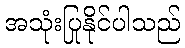
အသုံးပြုနိုင်ပါသည်